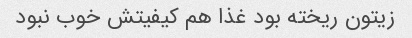
زیتون ریخته بود غذا هم کیفیتش خوب نبود